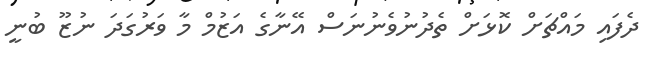
ދެފައި މައްޗަށް ކޮޅަށް ތެދުނުވެނުނަސް އޭނާގެ އަޒުމް މާ ވަރުގަދަ ނުޒޫ ބުނީ